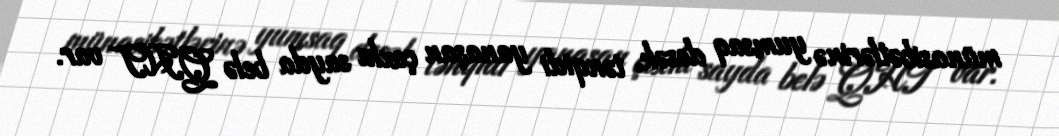
münasibətlərinə yumsaq desək, tənqidi yanaşan çoxlu sayda belə QHT var.